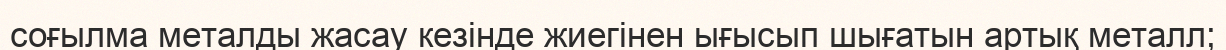
соғылма металды жасау кезінде жиегінен ығысып шығатын артық металл;